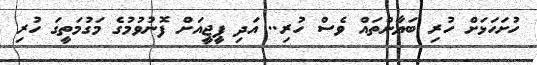
ހުށަހަޅަށް ހުރި ބަޔާންތައް ވެސް ހުރި.. އަދި ޕީޖީއަށް ފޮނުވުމުގެ މަގުމަތީގަ ހުރި